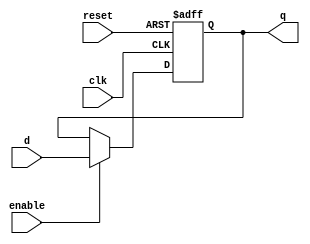
`timescale 1ns / 1ps
//////////////////////////////////////////////////////////////////////////////////
// Company: 
// Engineer: 
// 
// Design Name: 
// Module Name: dff
// Project Name: 
// Target Devices: 
// Tool Versions: 
// Description: 
// 
// Dependencies: 
// 
// Revision:
// Revision 0.01 - File Created
// Additional Comments:
// 
//////////////////////////////////////////////////////////////////////////////////


module dff(q, d, clk,reset,enable);
input d, clk, reset,enable;
output reg q;

always@(posedge clk, posedge reset)
begin
    
    if (reset)
        q <= 1'b0;
    else if (enable != 0)
        q <= d;
    else
        q <= q;
     
    
end
endmodule